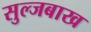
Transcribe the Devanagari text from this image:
सुल्जबाख